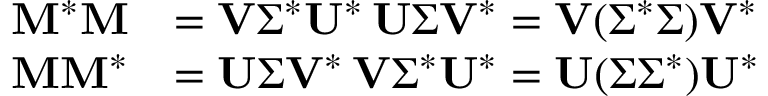
{ \begin{array} { r l } { \mathbf { M } ^ { * } \mathbf { M } } & { = \mathbf { V } { \boldsymbol { \Sigma } } ^ { * } \mathbf { U } ^ { * } \, \mathbf { U } { \boldsymbol { \Sigma } } \mathbf { V } ^ { * } = \mathbf { V } ( { \boldsymbol { \Sigma } } ^ { * } { \boldsymbol { \Sigma } } ) \mathbf { V } ^ { * } } \\ { \mathbf { M } \mathbf { M } ^ { * } } & { = \mathbf { U } { \boldsymbol { \Sigma } } \mathbf { V } ^ { * } \, \mathbf { V } { \boldsymbol { \Sigma } } ^ { * } \mathbf { U } ^ { * } = \mathbf { U } ( { \boldsymbol { \Sigma } } { \boldsymbol { \Sigma } } ^ { * } ) \mathbf { U } ^ { * } } \end{array} }